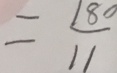
= \frac { 1 8 0 } { 1 1 }